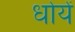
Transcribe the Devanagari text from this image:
धोयें